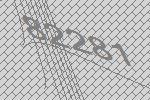
82281